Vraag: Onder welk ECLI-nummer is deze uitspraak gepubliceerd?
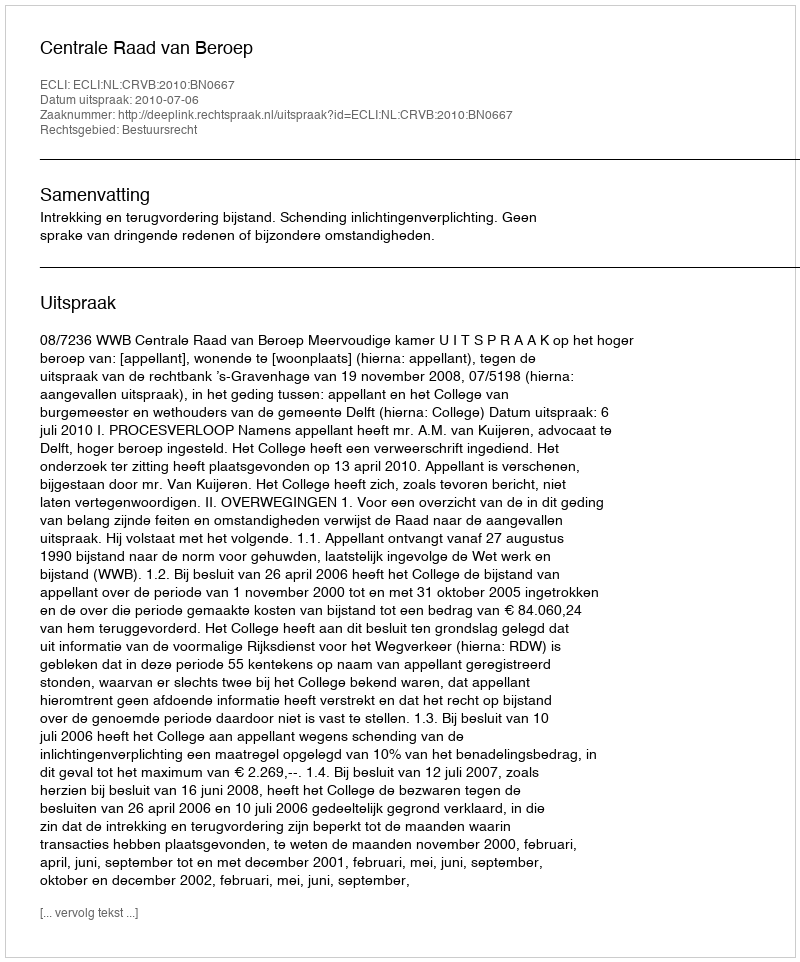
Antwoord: ECLI:NL:CRVB:2010:BN0667